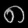
Digit: ၈